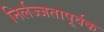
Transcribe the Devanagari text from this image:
निर्लज्जतापूर्वक